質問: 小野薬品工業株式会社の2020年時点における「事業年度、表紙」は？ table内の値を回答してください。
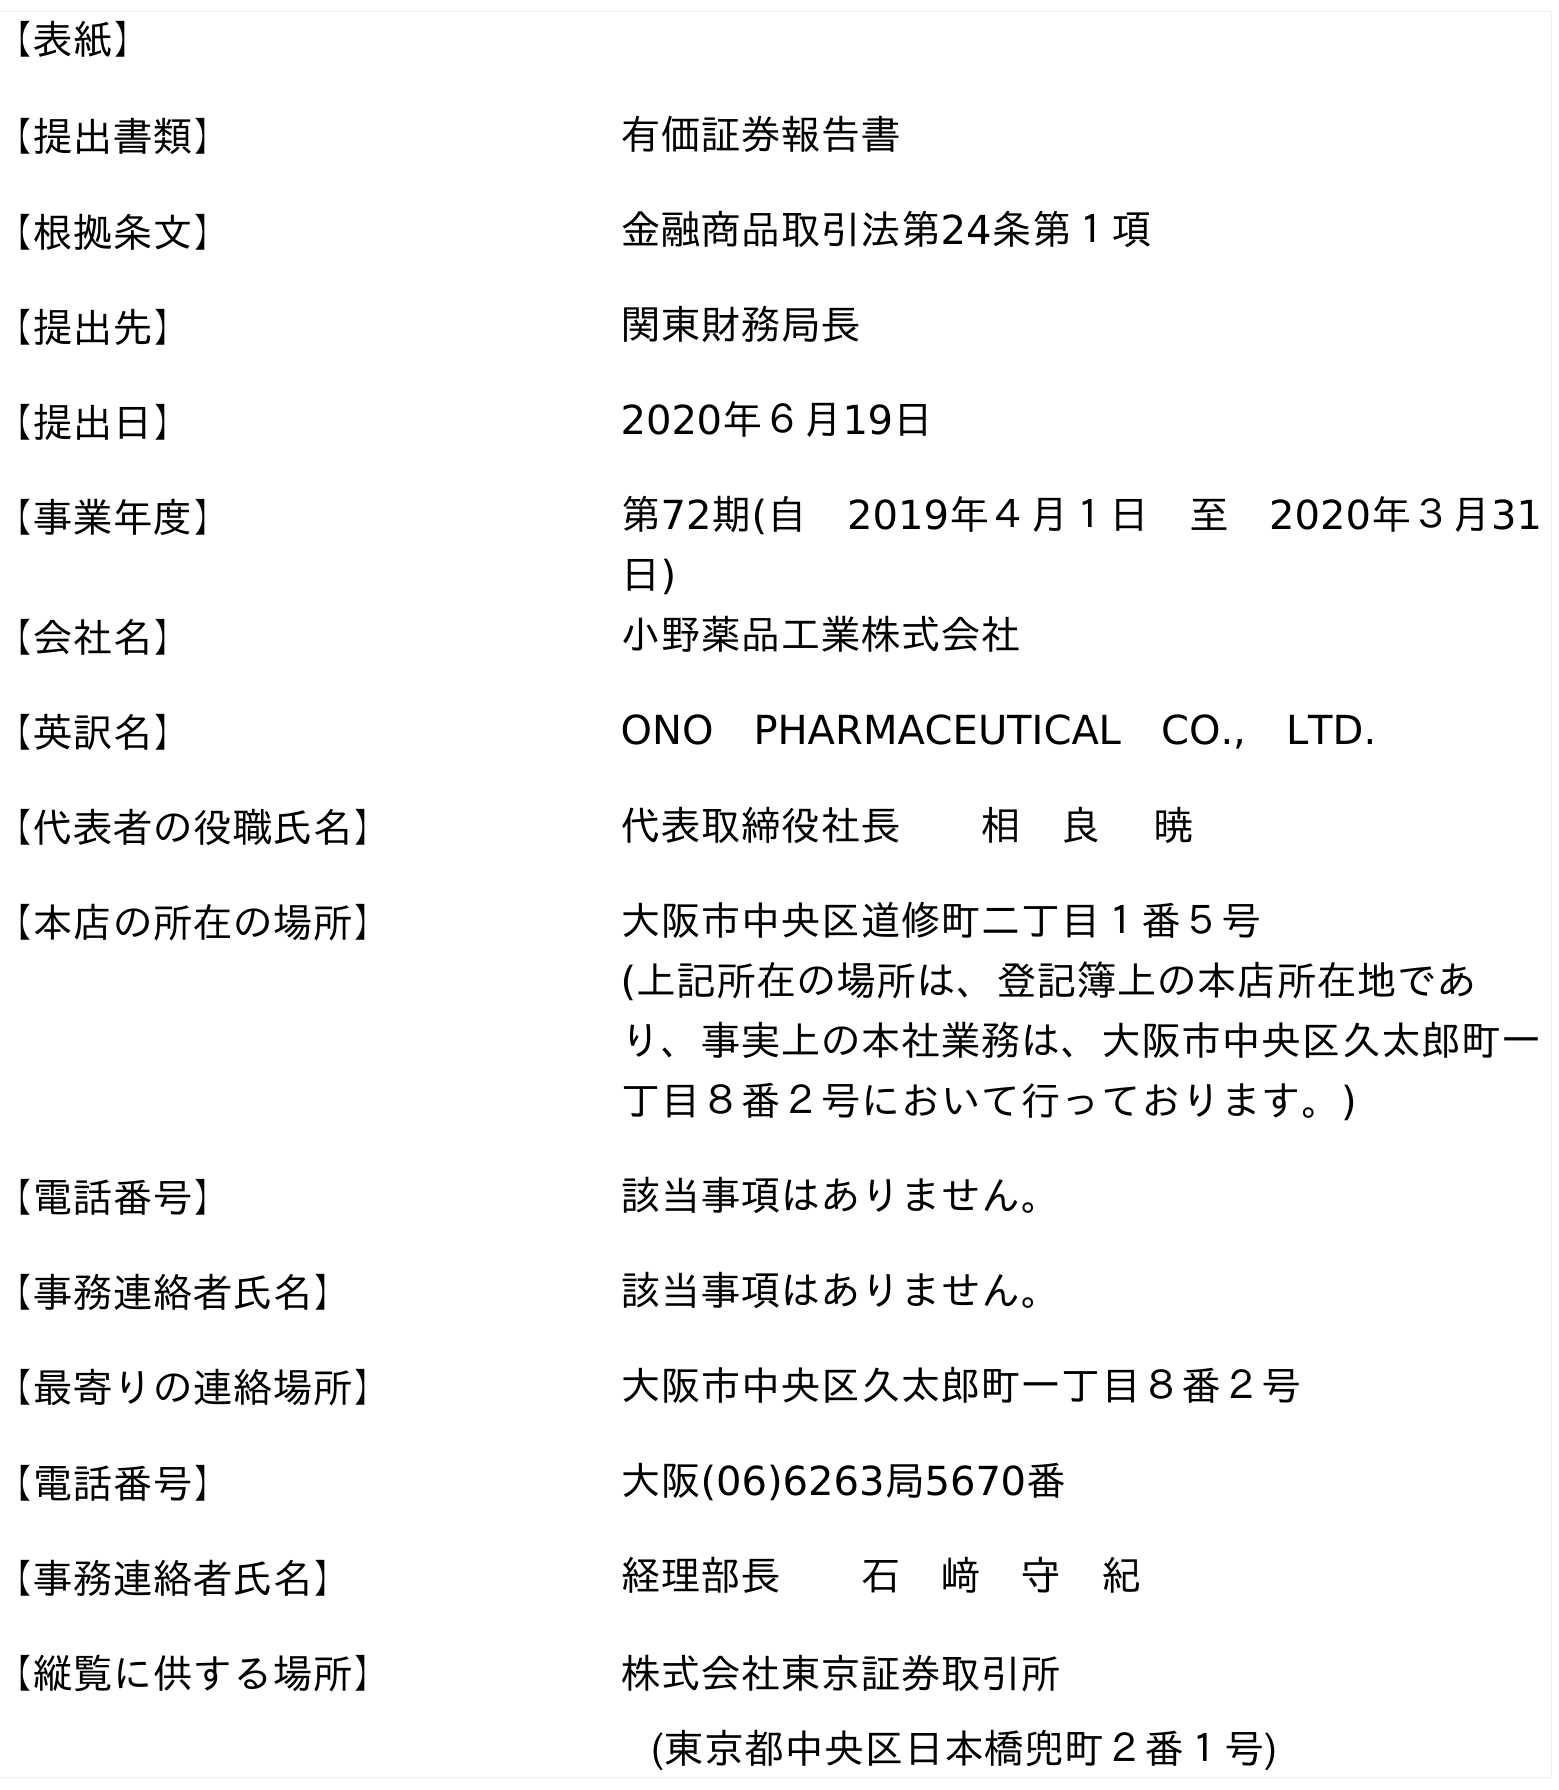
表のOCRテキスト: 【表紙】 【提出書類】 有価証券報告書 【根拠条文】 金融商品取引法第24条第１項 【提出先】 関東財務局長 【提出日】 2020年６月19日 【事業年度】 第72期(自 2019年４月１日 至 2020年３月31 日) 【会社名】 小野薬品工業株式会社 【英訳名】 ONO PHARMACEUTICAL CO., LTD. 【代表者の役職氏名】 代表取締役社長  相 良  暁 【本店の所在の場所】 大阪市中央区道修町二丁目１番５号 (上記所在の場所は、登記簿上の本店所在地であ り、事実上の本社業務は、大阪市中央区久太郎町一 丁目８番２号において行っております。) 【電話番号】 該当事項はありません。 【事務連絡者氏名】 該当事項はありません。 【最寄りの連絡場所】 大阪市中央区久太郎町一丁目８番２号 【電話番号】 大阪(06)6263局5670番 【事務連絡者氏名】 経理部長  石 﨑 守 紀 【縦覧に供する場所】 株式会社東京証券取引所 (東京都中央区日本橋兜町２番１号)
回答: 第72期(自　2019年４月１日　至　2020年３月31日)